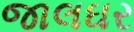
જાલઘર